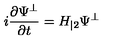
i \frac { \partial \Psi ^ { \bot } } { \partial t } = H _ { | 2 } \Psi ^ { \bot }